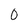
Character: 0